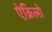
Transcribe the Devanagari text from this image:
ऐक्रिलो